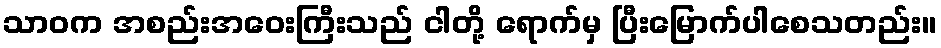
သာဝက အစည်းအဝေးကြီးသည် ငါတို့ ရောက်မှ ပြီးမြောက်ပါစေသတည်း။